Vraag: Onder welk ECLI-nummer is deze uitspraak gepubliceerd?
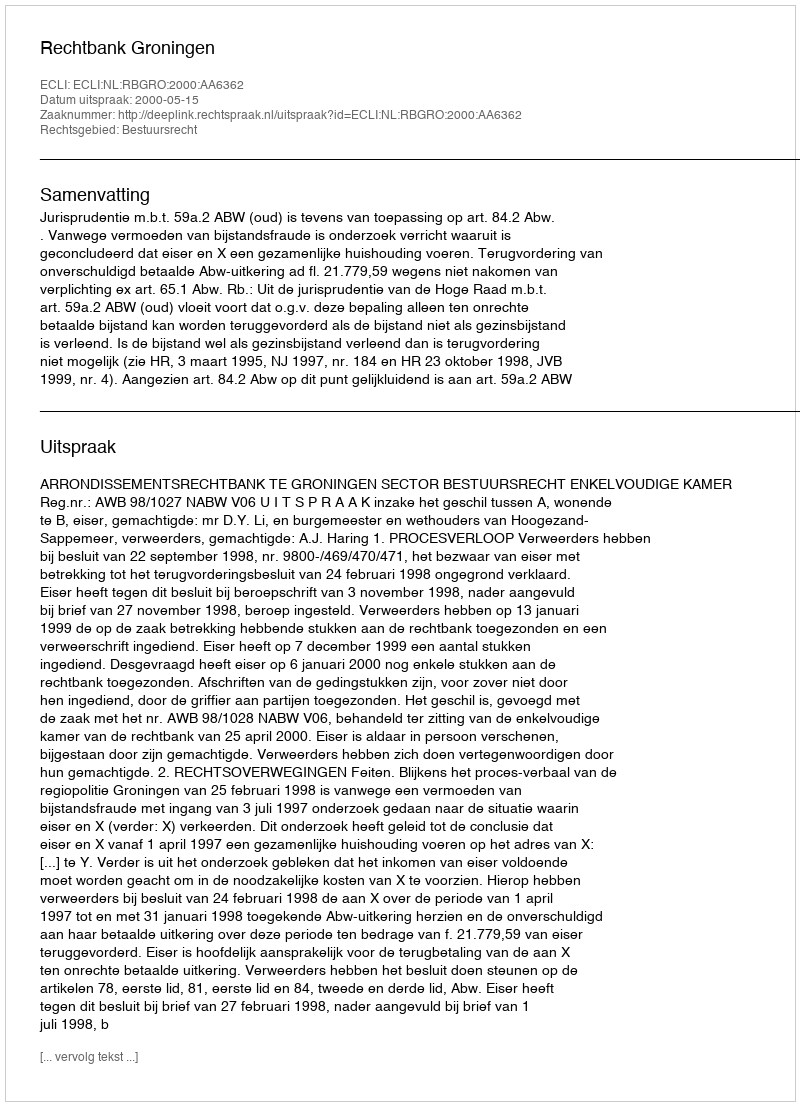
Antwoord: ECLI:NL:RBGRO:2000:AA6362